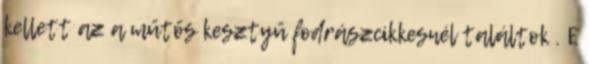
kellett az a műtős kesztyű fodrászcikkesnél találtok . E